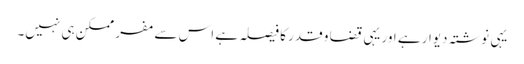
یہی نوشتہ دیوار ہے اور یہی قضا و قدر کا فیصلہ ہے اس سے مفر ممکن ہی نہیں۔